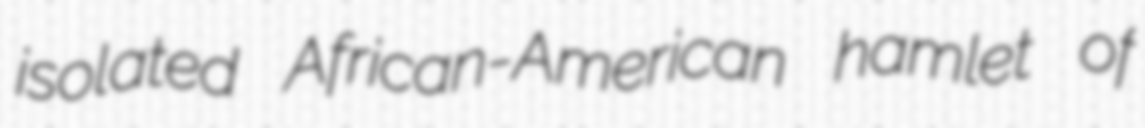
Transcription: isolated African-American hamlet of